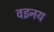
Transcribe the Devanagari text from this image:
वइनय